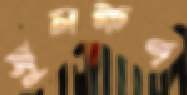
সুলক্ষণ